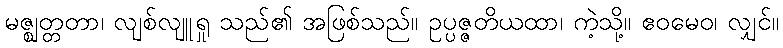
မဇ္ဈတ္တတာ၊ လျစ်လျူရှု သည်၏ အဖြစ်သည်။ ဥပ္ပဇ္ဇတိယထာ၊ ကဲ့သို့။ ဧဝမေဝ၊ လျှင်။